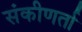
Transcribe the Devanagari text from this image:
संकीणर्ता